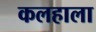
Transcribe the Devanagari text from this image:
कलहाला